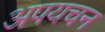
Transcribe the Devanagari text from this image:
अपयचन